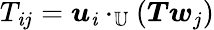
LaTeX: T_{\mathit{i}j}=\boldsymbol{u}_{\mathit{i}}\cdot_{\mathbb{{U}}}\left(\boldsymbol{T}\boldsymbol{w}_{j}\right)